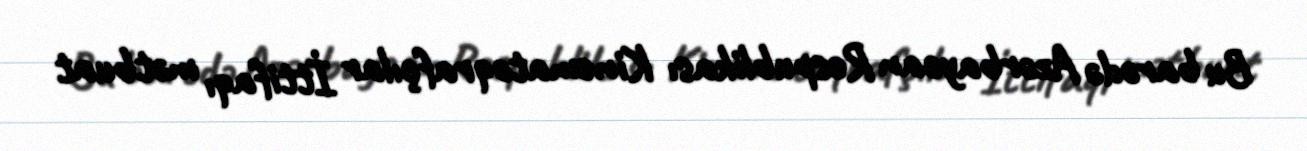
Bu barədə Azərbaycan Respublikası Kinematoqrafçılar İttifaqı mətbuat